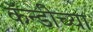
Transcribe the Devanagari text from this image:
कॅन्डीच्या